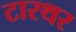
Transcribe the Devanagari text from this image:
टारथर